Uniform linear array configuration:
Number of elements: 8
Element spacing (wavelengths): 0.25
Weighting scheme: exponential
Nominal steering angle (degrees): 15
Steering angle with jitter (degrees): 13.791
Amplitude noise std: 0.05
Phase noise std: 0.05

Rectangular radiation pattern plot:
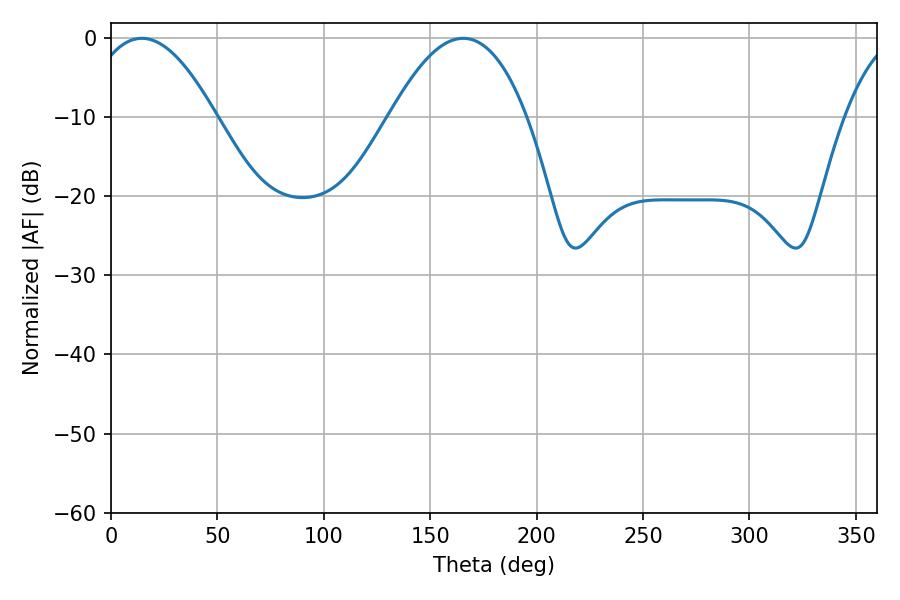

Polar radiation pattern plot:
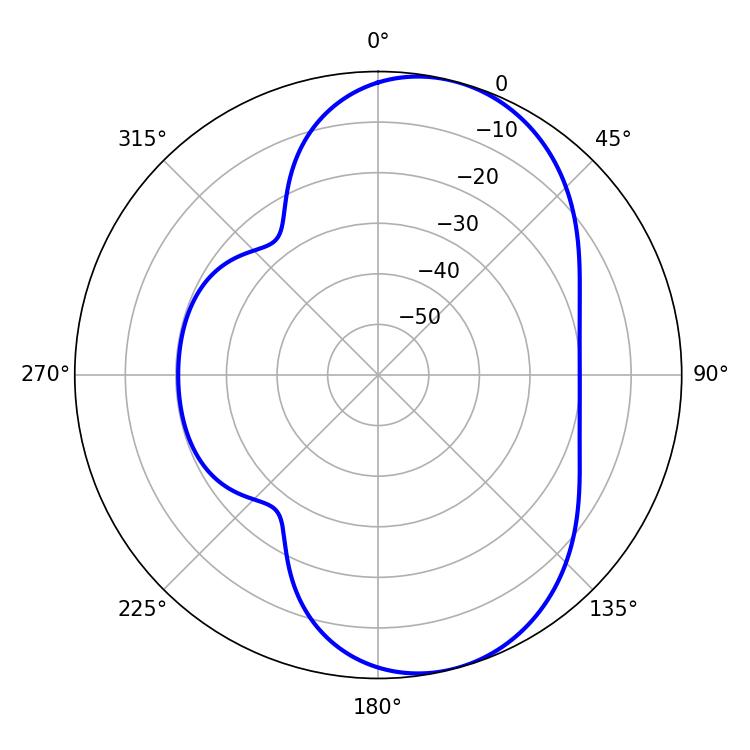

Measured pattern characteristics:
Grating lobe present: FALSE
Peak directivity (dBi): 7.44
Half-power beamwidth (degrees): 32.94
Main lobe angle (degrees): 14.4